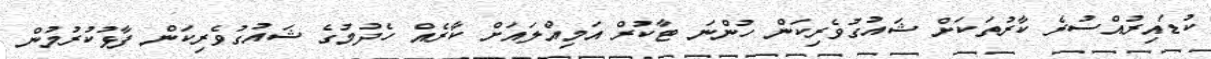
ކުޑައިރުއްސުރެ ކާރުތަކަށް ޝައުގުވެރިކަން ހުންނަ ޓާކުރް އަމިއްލައަށް ކާރެއް ހެދުމުގެ ޝައުގުވެރިކަން ފާޅުކުރުމުން